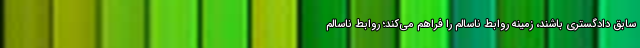
سابق دادگستری باشند، زمینه روابط ناسالم را فراهم می‌کند؛ روابط ناسالم